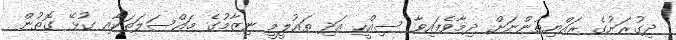
ދިގުރަށުގެ ރައްޔިތުންނަށް ދިމާވެފައިވާ ސިއްހީ އަދި ތައުލީމީ ނިޒާމުގެ މައްސަލަތަކާއި ގުޅޭ ގޮތުން